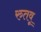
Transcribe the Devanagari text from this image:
रुतवू